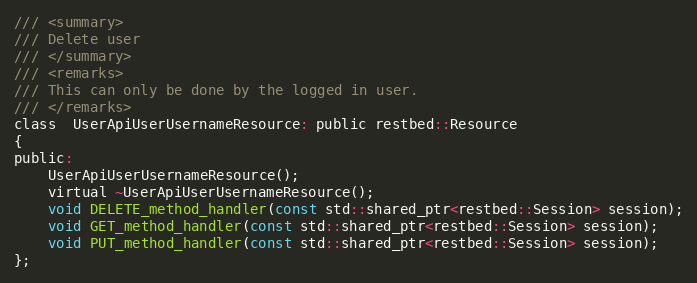
Language: C
/// <summary>
/// Delete user
/// </summary>
/// <remarks>
/// This can only be done by the logged in user.
/// </remarks>
class  UserApiUserUsernameResource: public restbed::Resource
{
public:
	UserApiUserUsernameResource();
    virtual ~UserApiUserUsernameResource();
    void DELETE_method_handler(const std::shared_ptr<restbed::Session> session);
    void GET_method_handler(const std::shared_ptr<restbed::Session> session);
    void PUT_method_handler(const std::shared_ptr<restbed::Session> session);
};